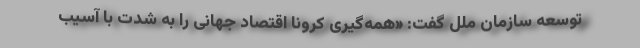
توسعه سازمان ملل گفت: «همه‌گیری کرونا اقتصاد جهانی را به شدت با آسیب